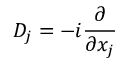
D _ { j } = - i { \frac { \partial } { \partial x _ { j } } }